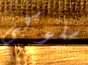
سلوكي